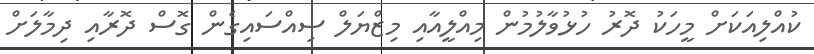
ކުއްލިއަކަށް މީހަކު ދޮރު ހުޅުވާލުމުން މިއްލީއާއި މިޒްޔަލް ސިއްސައިގެން ގޮސް ދޮރާއި ދިމާލަށް